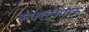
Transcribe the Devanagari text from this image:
रूपरटीगाऊ